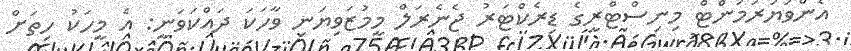
އެންވަޔަރަމަންޓް މިނިސްޓްރީގެ ޑިރެކްޓަރު ޖެނެރަލް މީމުޒަވިޔަނި ވާހަކަ ދައްކަވަނީ: އެ މީހަކު ހިތަށް